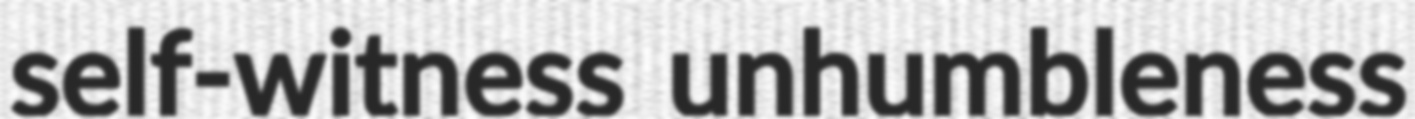
self-witness unhumbleness